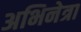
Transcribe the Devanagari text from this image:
अभिनेत्रा